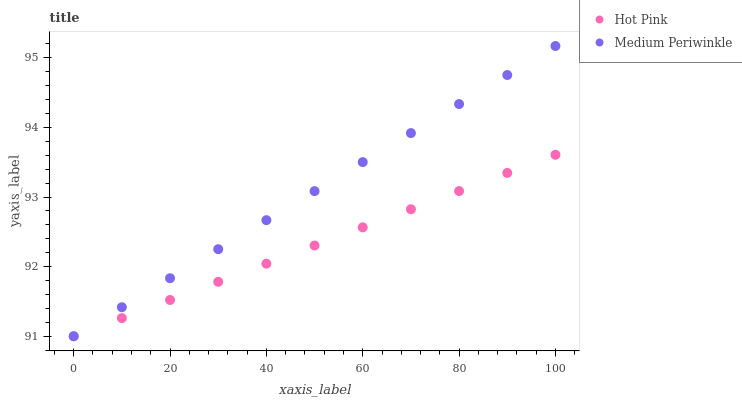
| xaxis_label | Hot Pink | Medium Periwinkle |
 | --- | --- | --- |
 | 0 | 91 | 91 |
 | 10 | 91.3 | 91.4 |
 | 20 | 91.5 | 91.8 |
 | 30 | 91.8 | 92.3 |
 | 40 | 92 | 92.7 |
 | 50 | 92.3 | 93.1 |
 | 60 | 92.6 | 93.5 |
 | 70 | 92.8 | 93.9 |
 | 80 | 93.1 | 94.3 |
 | 90 | 93.3 | 94.8 |
 | 100 | 93.6 | 95.2 |